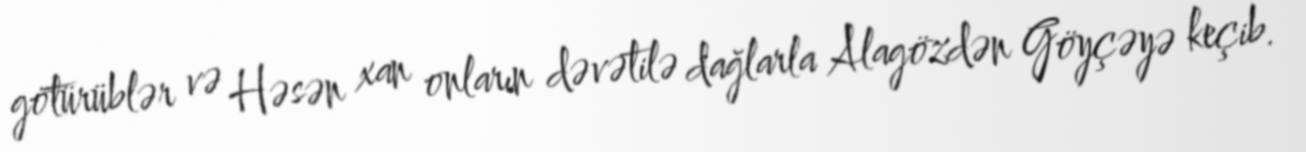
götürüblər və Həsən xan onların dəvətilə dağlarla Alagözdən Göyçəyə keçib.